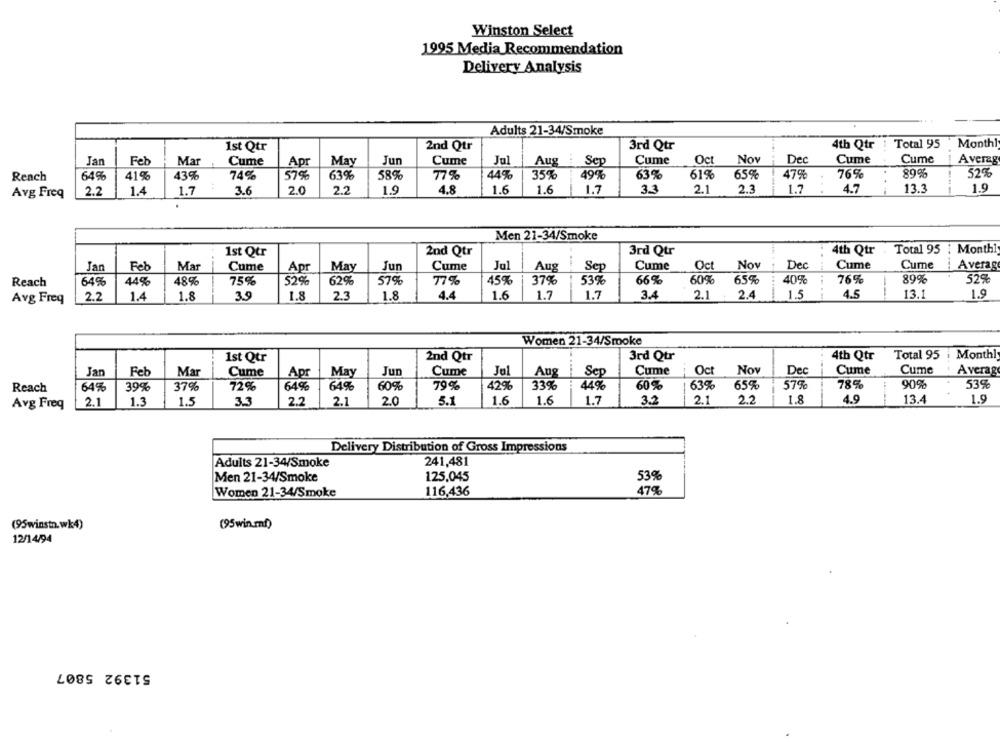
Winston Select
1995 Media Recommendation
Delivery Analysis
Adults 21-34/Smoke
1st Qtr
2nd Qtr
3rd Qtr
4th Qtr
Total 95
Monthl
Jan
Feb
Mar
Cume
Apr
May
Jun
Cume
Jul
Aug
Sep
Cume
Oct
Nov
Dec
Cume
Cume
Averag
Reach
64%
41%
43%
74%
57%
63%
58%
77%
44%
35%
49%
63%
61%
6.5%
47%
76
89%
52%
Avg Freq
2.2
1.4
1.7
3.6
2.0
2.2
1.9
4.8
1.6
1.6
1.7
3.3
2.1
23
1.7
4.7
13.3
1.9
Men 21-34/Smoke
1st Qtr
2nd Qtr
3rd Qtr
4th Qtr
Total 95 : Monthi
Jan
Fet
Mar
Cume
May
Jun
Cume
Jul
Aug
Sep
Cume
Oct
Nov
Dec
Cume
Cume
Average
Apr
Reach
64%
44%
48%
75%
52%
62%
57%
77%
45%
37%
53%
66%
60%
65%
40%
76%
89%
52%
2.2
1.4
1.8
3.9
1.8
2.3
1.8
4.4
1.6
1.7
1.7
3.4
2.1 .2.4
1
1.5
4.5
13.1
1.9
Avg Freq
Women 21-34/Smoke
3rd Qtr
4th Qtr
Total 95 i Monthly
1st Qtr
2nd Qtr
Jan
Feb
Mar
Jun
Cume
Jul
Cume
Oct
Nov
Dec
Cume
Cume
Average
Cume
Apr
May
Aug
Sep
60%
79%
42%
33%
60%
63%
65%
57%
78%
90%
53%
Reach
64%
39%
37%
72%
64%
64%
44%
2.1
2.0
5.1
1.6
1.6
1.7
3.2
2.1
2.2
1.8
4.9
13.4
1.9
Avg Freq
2.1
1.3
1.5
3.3
2.2
Delivery Distribution of Gross Impressions
Adults 21-34/Smoke
241,481
Men 21-34/Smoke
125.045
53%
Women 21-34/Smoke
116,436
47%
(95winstn.wk4)
(95 win.ml)
12/14/94
51392 5807